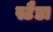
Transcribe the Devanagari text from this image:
स्टैडा